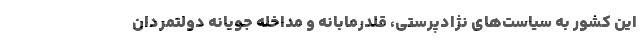
این کشور به سیاست‌های نژادپرستی، قلدرمابانه و مداخله جویانه دولتمردان